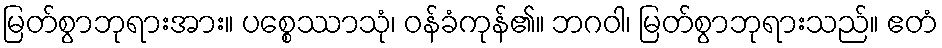
မြတ်စွာဘုရားအား။ ပစ္စေဿာသုံ၊ ဝန်ခံကုန်၏။ ဘဂဝါ၊ မြတ်စွာဘုရားသည်။ ဧတံ